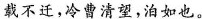
载不迁，冷曹清望，泊如也。